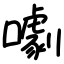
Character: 㘌